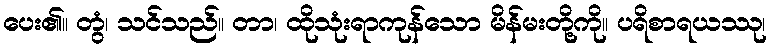
ပေး၏။ တွံ၊ သင်သည်။ တာ၊ ထိုသုံးရာကုန်သော မိန်မးတို့ကို။ ပရိစာရယဿု၊